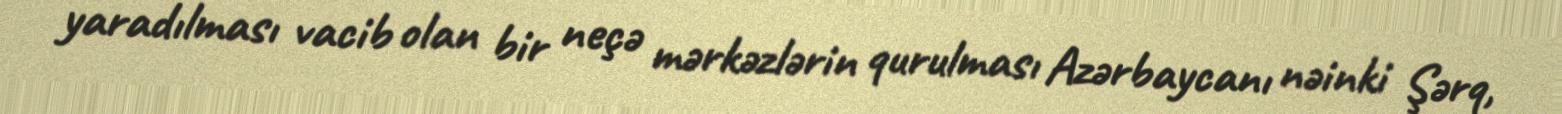
yaradılması vacib olan bir neçə mərkəzlərin qurulması Azərbaycanı nəinki Şərq,